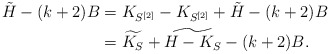
\begin{align*}\tilde H -(k+2)B&= K_{S^{[2]}}-K_{S^{[2]}}+ \tilde H -(k+2)B\\&=\widetilde{K_S}+ \widetilde{H-K_S}-(k+2)B.\end{align*}